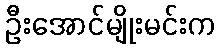
ဦးအောင်မျိုးမင်းက